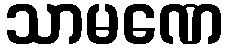
သာမဏေ